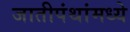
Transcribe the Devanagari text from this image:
जातीपंथांमध्ये